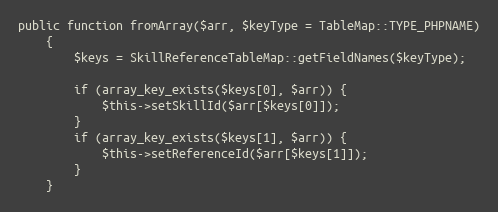
Language: PHP
public function fromArray($arr, $keyType = TableMap::TYPE_PHPNAME)
    {
        $keys = SkillReferenceTableMap::getFieldNames($keyType);

        if (array_key_exists($keys[0], $arr)) {
            $this->setSkillId($arr[$keys[0]]);
        }
        if (array_key_exists($keys[1], $arr)) {
            $this->setReferenceId($arr[$keys[1]]);
        }
    }